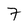
Character: 7